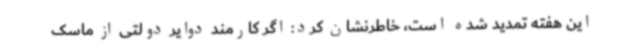
این هفته تمدید شده است، خاطرنشان کرد: اگر کارمند دوایر دولتی از ماسک